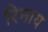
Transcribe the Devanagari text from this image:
रिनाय